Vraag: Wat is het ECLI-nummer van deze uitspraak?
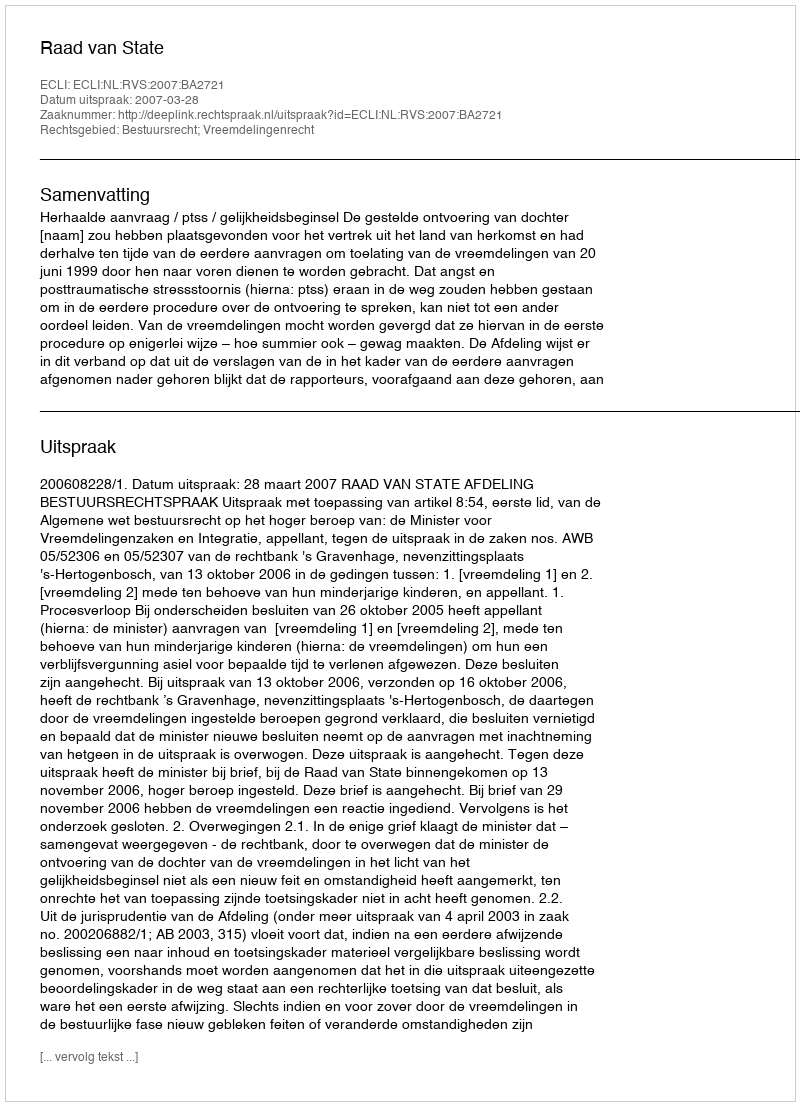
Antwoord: ECLI:NL:RVS:2007:BA2721